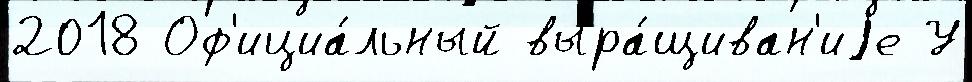
2018 Оф'ициа́льный выра́щиван'иjе У